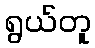
ရွယ်တူ